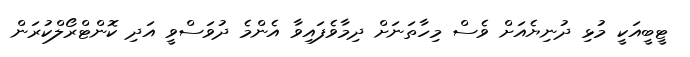
ޓީބީއަކީ މުޅި ދުނިޔެއަށް ވެސް މިހާތަނަށް ދިމާވެފައިވާ އެންމެ ދުވަސްވީ އަދި ކޮންޓްރޯލްކުރަން